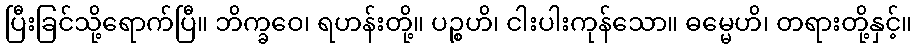
ပြီးခြင်သို့ရောက်ပြီ။ ဘိက္ခဝေ၊ ရဟန်းတို့။ ပဉ္စဟိ၊ ငါးပါးကုန်သော။ ဓမ္မေဟိ၊ တရားတို့နှင့်။